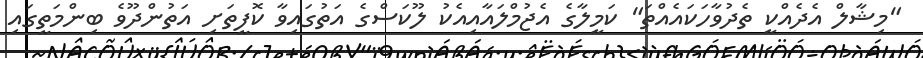
"މިޝާލް އެދެއްކީ ތެދުވާހަކައެއްތަ" ކަމީލާގެ އެޖުމްލައާއިއެކު ލޫކަސްގެ އަތުގައިވާ ކޮފީތަށި އަތުންދޫވެ ބިންމަތީގައި